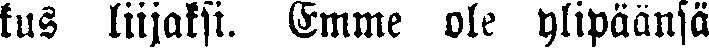
kus liijaksi. Emme ole ylipäänsä